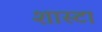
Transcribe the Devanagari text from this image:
शास्टा